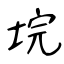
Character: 垸